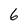
Character: 6